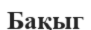
Бақыг